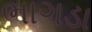
ભાગડા